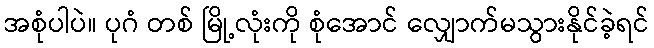
အစုံပါပဲ။ ပုဂံ တစ် မြို့လုံးကို စုံအောင် လျှောက်မသွားနိုင်ခဲ့ရင်